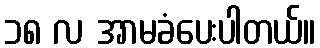
၁၈ လ အာမခံပေးပါတယ်။